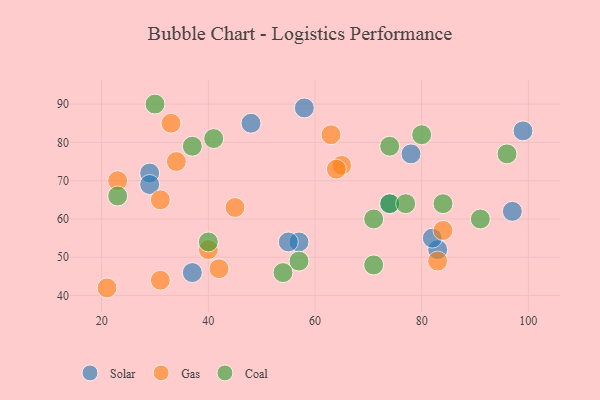
{"axis": {"x": "GDP", "y": "Life Expectancy"}, "legend": ["Coal", "Gas", "Solar"], "data": [{"x": "48", "y": 85, "type": "Solar"}, {"x": "99", "y": 83, "type": "Solar"}, {"x": "57", "y": 54, "type": "Solar"}, {"x": "83", "y": 52, "type": "Solar"}, {"x": "74", "y": 64, "type": "Solar"}, {"x": "55", "y": 54, "type": "Solar"}, {"x": "97", "y": 62, "type": "Solar"}, {"x": "29", "y": 72, "type": "Solar"}, {"x": "58", "y": 89, "type": "Solar"}, {"x": "37", "y": 46, "type": "Solar"}, {"x": "82", "y": 55, "type": "Solar"}, {"x": "29", "y": 69, "type": "Solar"}, {"x": "78", "y": 77, "type": "Solar"}, {"x": "31", "y": 65, "type": "Gas"}, {"x": "42", "y": 47, "type": "Gas"}, {"x": "23", "y": 70, "type": "Gas"}, {"x": "65", "y": 74, "type": "Gas"}, {"x": "64", "y": 73, "type": "Gas"}, {"x": "83", "y": 49, "type": "Gas"}, {"x": "33", "y": 85, "type": "Gas"}, {"x": "63", "y": 82, "type": "Gas"}, {"x": "21", "y": 42, "type": "Gas"}, {"x": "31", "y": 44, "type": "Gas"}, {"x": "34", "y": 75, "type": "Gas"}, {"x": "40", "y": 52, "type": "Gas"}, {"x": "45", "y": 63, "type": "Gas"}, {"x": "84", "y": 57, "type": "Gas"}, {"x": "30", "y": 90, "type": "Coal"}, {"x": "71", "y": 48, "type": "Coal"}, {"x": "37", "y": 79, "type": "Coal"}, {"x": "74", "y": 79, "type": "Coal"}, {"x": "54", "y": 46, "type": "Coal"}, {"x": "71", "y": 60, "type": "Coal"}, {"x": "57", "y": 49, "type": "Coal"}, {"x": "91", "y": 60, "type": "Coal"}, {"x": "23", "y": 66, "type": "Coal"}, {"x": "74", "y": 64, "type": "Coal"}, {"x": "77", "y": 64, "type": "Coal"}, {"x": "96", "y": 77, "type": "Coal"}, {"x": "84", "y": 64, "type": "Coal"}, {"x": "80", "y": 82, "type": "Coal"}, {"x": "40", "y": 54, "type": "Coal"}, {"x": "41", "y": 81, "type": "Coal"}]}